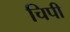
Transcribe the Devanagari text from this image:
चिपी